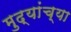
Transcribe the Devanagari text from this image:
मुद्यांच्या